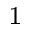
^ { 1 }